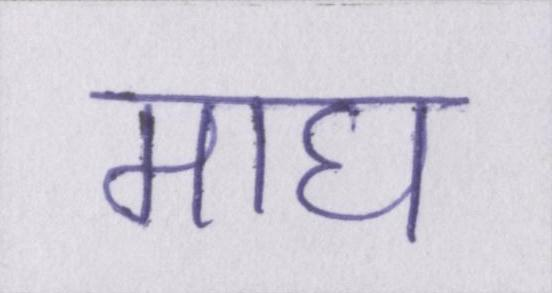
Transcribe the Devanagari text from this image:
माघ